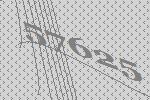
57625